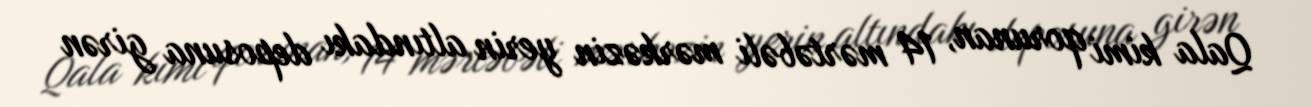
Qala kimi qorunan, 14 mərtəbəli mərkəzin yerin altındakı deposuna girən